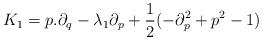
LaTeX: \begin{align*} K_1={p.\partial_q-\lambda_1\partial_p}+\frac{1}{2}(-\partial^2_p+p^2-1) \end{align*}